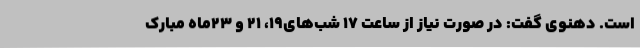
است. دهنوی گفت: در صورت نیاز از ساعت ۱۷ شب‌های۱۹، ۲۱ و ۲۳ماه مبارک